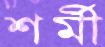
শর্মী